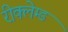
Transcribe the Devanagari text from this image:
रीक्लेम्ड